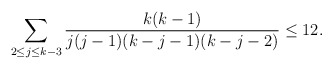
\begin{align*} \sum_{2\le j\le k-3}\frac{k(k-1)}{j(j-1)(k-j-1)(k-j-2)}\le 12.\end{align*}